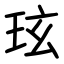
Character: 玹